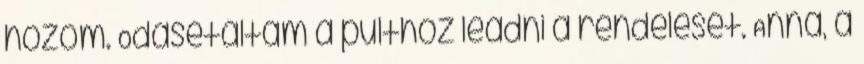
hozom. Odasétáltam a pulthoz leadni a rendelését. Anna, a